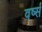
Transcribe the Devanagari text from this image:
वर्ष्स